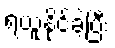
ရယူနိုင်ခဲ့ပြီး